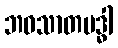
ဘဝသာတဗဒ္ဓါ